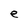
Character: e